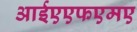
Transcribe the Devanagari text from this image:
आईएएफएमए